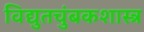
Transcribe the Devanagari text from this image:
विद्युतचुंबकशास्त्र